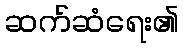
ဆက်ဆံရေး၏